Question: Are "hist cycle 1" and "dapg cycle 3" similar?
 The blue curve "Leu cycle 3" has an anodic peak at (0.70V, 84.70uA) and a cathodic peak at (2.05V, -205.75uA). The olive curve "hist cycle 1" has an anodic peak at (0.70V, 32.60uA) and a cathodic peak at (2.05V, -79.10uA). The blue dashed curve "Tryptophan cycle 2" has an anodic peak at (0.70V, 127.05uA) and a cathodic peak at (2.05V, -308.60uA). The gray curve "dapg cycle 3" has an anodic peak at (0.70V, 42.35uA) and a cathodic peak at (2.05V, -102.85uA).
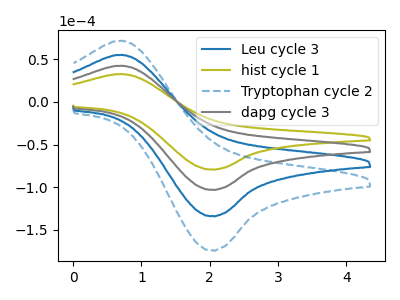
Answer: <think>All the peaks in "hist cycle 1" have a peak in "dapg cycle 3" at the same potential. Every peak in "hist cycle 1" is lower than every peak in "dapg cycle 3".
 </think>
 <answer>"hist cycle 1" and "dapg cycle 3" are similar in shape.</answer>
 <eval>same_shape</eval>